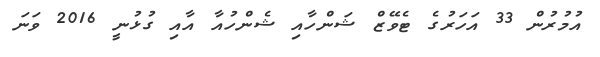
އުމުރުން 33 އަހަރުގެ ޓެވޭޒް ޝަންހާއި ޝެންހުއާ އާއި ގުޅުނީ 2016 ވަނަ